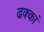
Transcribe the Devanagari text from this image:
ढक्कां